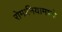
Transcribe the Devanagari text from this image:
रोमानियामध्ये